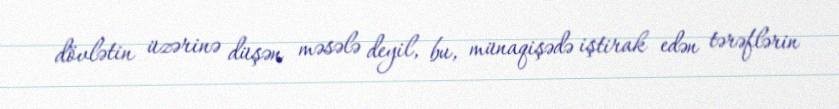
dövlətin üzərinə düşən məsələ deyil, bu, münaqişədə iştirak edən tərəflərin